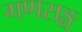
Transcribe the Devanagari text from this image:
गणसङ्घ